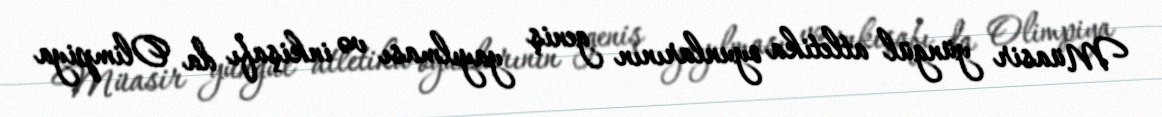
Müasir yüngül atletika oyunlarının geniş yayılması və inkişafı da Olimpiya